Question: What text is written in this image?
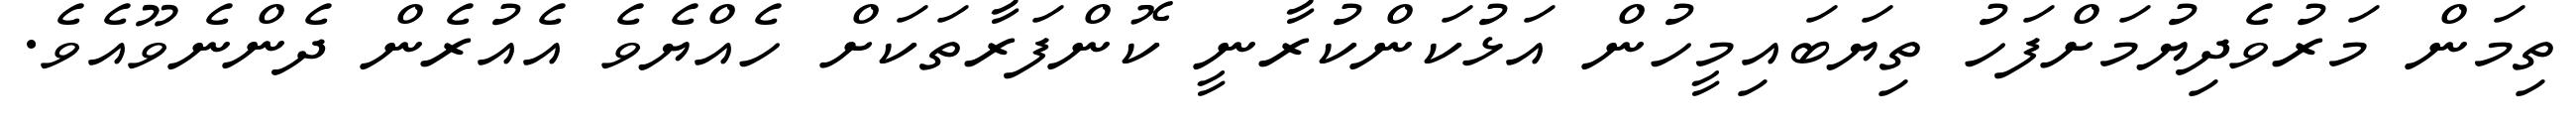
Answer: ތިމަން މަރުވެދިޔުމަށްފަހު ތިޔަބައިމީހުން އަޅުކަންކުރާނީ ކޮންފަރާތަކަށް ހެއްޔެވެ އެއުރެން ދެންނެވޫއެވެ.